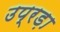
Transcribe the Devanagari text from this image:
उप्रड़ा